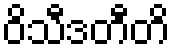
ဝိသီဒတီတိ